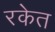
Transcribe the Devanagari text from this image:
रकेत